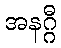
အနဂ္ဂီ